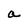
Character: a